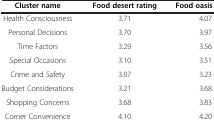
<table><thead><tr><td><b>Cluster name</b></td><td><b>Food desert rating</b></td><td><b>Food oasis rating</b></td></tr></thead><tbody><tr><td>Health Consciousness</td><td>3.71</td><td>4.07</td></tr><tr><td>Personal Decisions</td><td>3.70</td><td>3.97</td></tr><tr><td>Time Factors</td><td>3.29</td><td>3.56</td></tr><tr><td>Special Occasions</td><td>3.10</td><td>3.51</td></tr><tr><td>Crime and Safety</td><td>3.07</td><td>3.23</td></tr><tr><td>Budget Considerations</td><td>3.21</td><td>3.68</td></tr><tr><td>Shopping Concerns</td><td>3.68</td><td>3.83</td></tr><tr><td>Corner Convenience</td><td>4.10</td><td>4.20</td></tr></tbody></table>